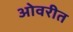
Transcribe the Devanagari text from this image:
ओवरीत